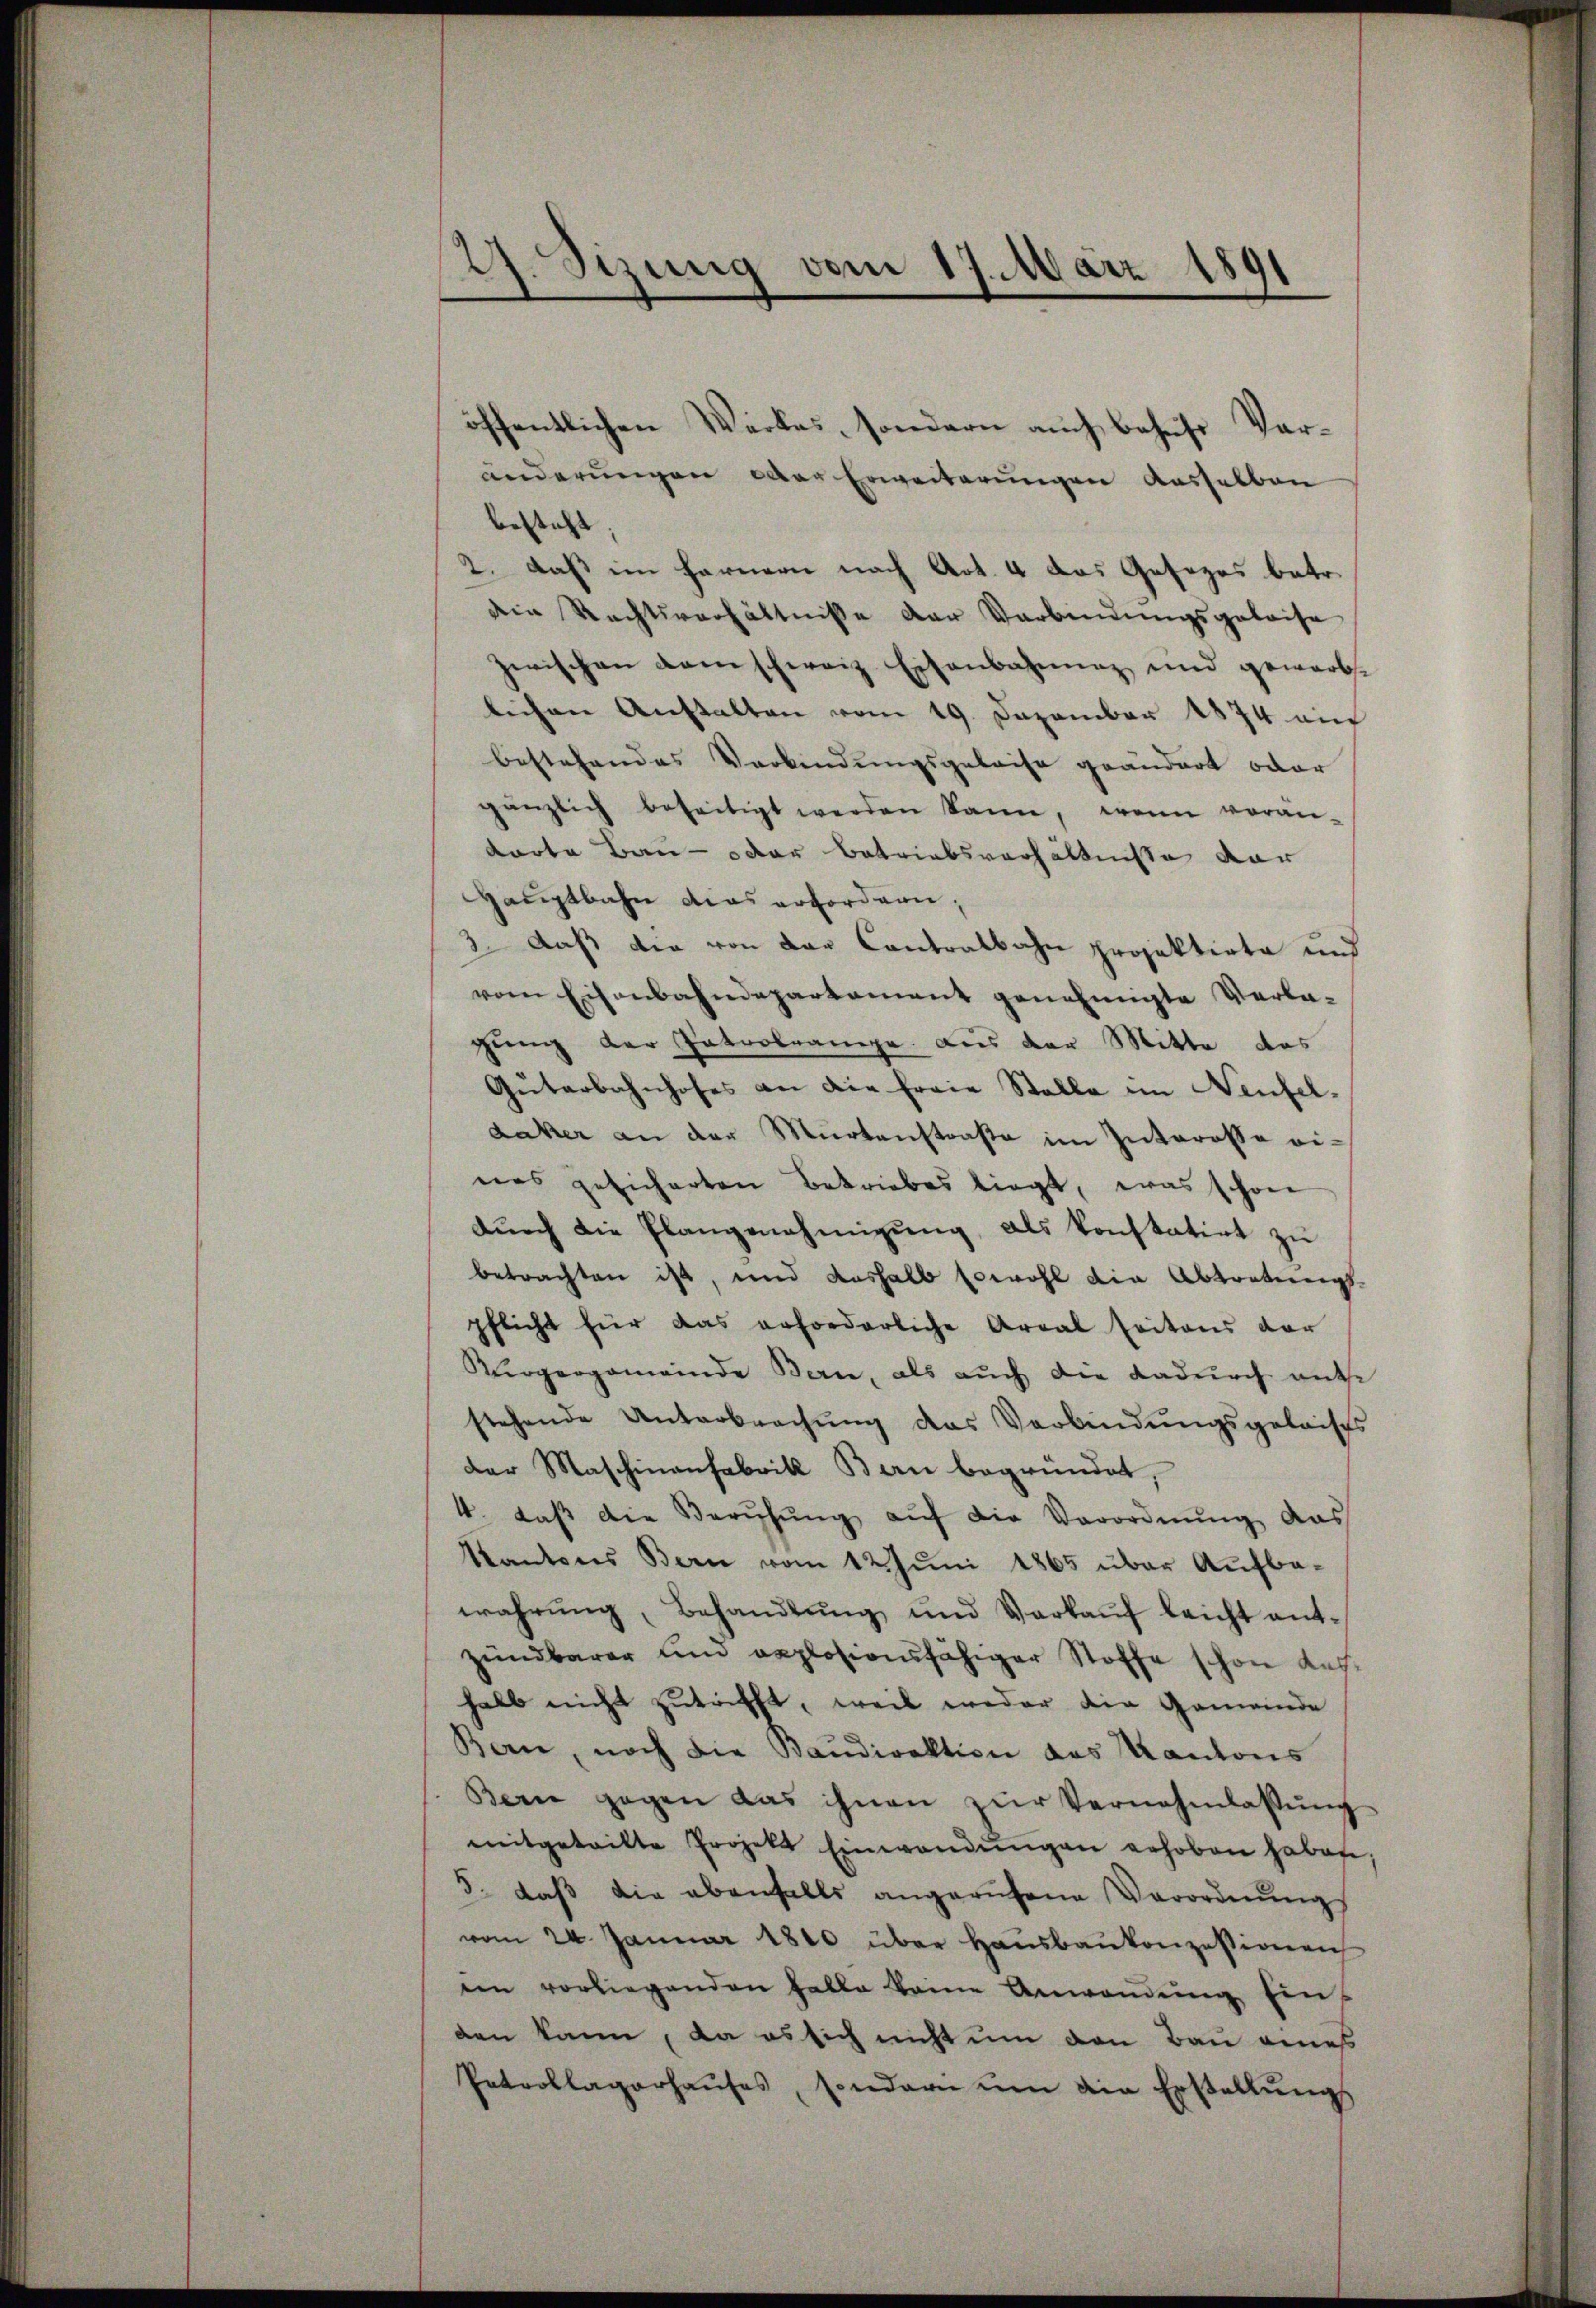
27. Sizung vom 17. März 1891
.

öffentlichen Werkes, sondern auch behufs Veränderungen oder Erweiterungen dasselben
besteht
2. daß ein Farnern nach Art. 4 das Gesezes betr.
die Rechtsverhältniße der Verbindungsgeleise
zwischen dem schweiz Eisenbahnung und gewarb.
lichen Anstalten vom 19. Dezember 1874 ein
bestehendes Verbindungsgeleise geändert oder
gänzlich beseitigt werden kann, wenn verän-
karte Bau- oder Betriebsverhältnisse dar
Hauptbahn dies erfordern,
3. Daß die von der Contralbahn projektirte und
vom Eisenbahndepartament genehmigte Verla-
gung der Patrobrampe. Les der Mitte des
Güterbahnhofes an die freie Stalle im Neufel-
daker an der Murtenstraße im Interesse ei
nes gesicherten Betriebes liegt, was schon
dŭrch die Plangenehmigŭng, als konstatirt zŭ
betrachten ist, und deshalb sowohl die Abtretenigs
pflicht für das erforderliche Areal seitens der
Bürgergemeinde Bern, als auch die dadurch ante
stehende Unterbrechung das Verbindungsgelaiss
der Maschinanfabrik Bern begründet,
4. daβ die Berŭhŭng aŭf die Verordnŭng das
Kantons Bern vom 12. Juni 1865 über Aufba-
wahrŭng, Behandlŭng und Verkaŭf leicht ent-
zündbarer und explosionsfähiger Stoffe schon des
halb nicht zutrifft, weil weder die Gemeinde
Bern, noch die Baudirektion des Kantons
Bern gegen das ihnen zŭr Vernehmlassŭng
mitgeteilte Projekt Einwendŭngen erhoben haben
5. daβ die ebenfalls angerufene Verordnŭngs
vom 24. Januar 1810 über Hausbaukonzessionen
im vorliegenden Falle keine Anwendŭng ein
den kann, da es sich nicht um den Bau eines
Petrollagerhaŭses, sondern ŭm die Erstellŭng